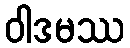
ဝါဒမဿ